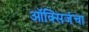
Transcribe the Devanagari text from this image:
ऑक्सिजंचा